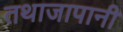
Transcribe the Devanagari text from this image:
तथाजापानी